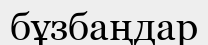
бұзбаңдар